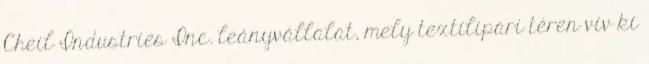
Cheil Industries Inc. leányvállalat, mely textilipari téren vív ki